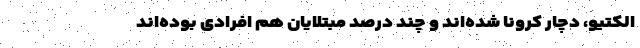
الکتیو، دچار کرونا شده‌اند و چند درصد مبتلایان هم افرادی بوده‌اند